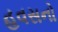
હવસનો